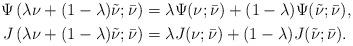
LaTeX: \begin{align*}\Psi\left(\lambda\nu + (1-\lambda)\tilde{\nu}; \bar{\nu}\right) &= \lambda\Psi(\nu;\bar{\nu}) + (1-\lambda)\Psi(\tilde{\nu};\bar{\nu}), \\J\left(\lambda\nu + (1-\lambda)\tilde{\nu}; \bar{\nu}\right) &= \lambda J(\nu;\bar{\nu}) + (1-\lambda) J(\tilde{\nu};\bar{\nu}).\end{align*}